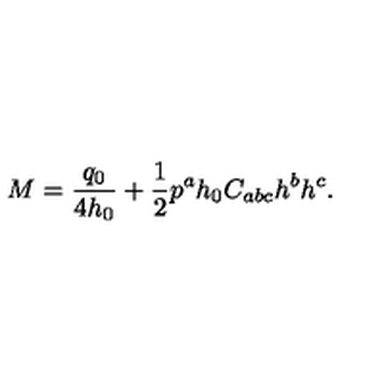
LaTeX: M = { \frac { q _ { 0 } } { 4 h _ { 0 } } } + { \frac { 1 } { 2 } } p ^ { a } h _ { 0 } C _ { a b c } h ^ { b } h ^ { c } .